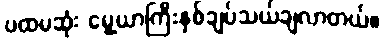
ပထမဆုံး မွေ့ယာကြီးနှစ်ချပ်သယ်ချလာတယ်။